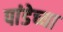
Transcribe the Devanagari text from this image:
पांडेच्या